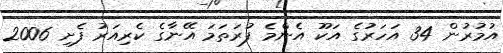
އުމުރުން 34 އަހަރުގެ އަކޫ އެންމެ ފުރަތަމަ އޭނާގެ ކެރިއަރު ފެށި 2006